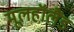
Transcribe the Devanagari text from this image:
मूलहॉलैंड